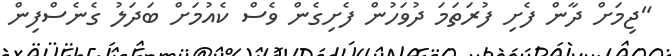
"ޖިމަށް ދާން ފެށި ފުރަތަމަ ދުވަހުން ފެށިގެން ވެސް ކެއުމަށް ބަދަލު ގެނެސްފިން